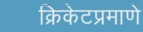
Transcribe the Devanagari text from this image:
क्रिकेटप्रमाणे